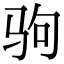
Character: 驹